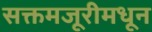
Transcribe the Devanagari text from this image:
सक्तमजूरीमधून